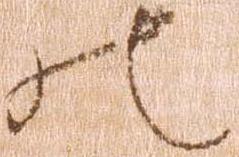
の